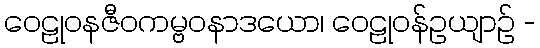
ဝေဠုဝနဇီဝကမ္ဗဝနာဒယော၊ ဝေဠုဝန်ဥယျာဉ် -